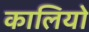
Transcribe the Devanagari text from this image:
कालियो